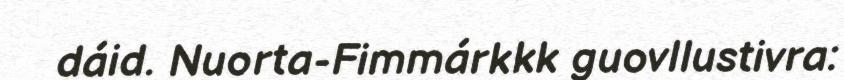
dáid. Nuorta-Fimmárkkk guovllustivra: